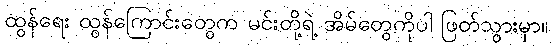
ထွန်ရေး ထွန်ကြောင်းတွေက မင်းတို့ရဲ့ အိမ်တွေကိုပါ ဖြတ်သွားမှာ။